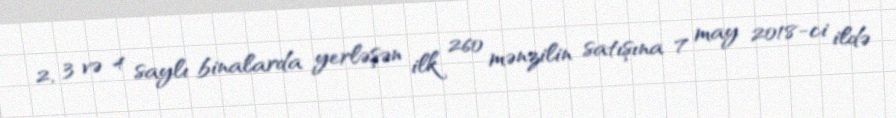
2, 3 və 4 saylı binalarda yerləşən ilk 260 mənzilin satışına 7 may 2018-ci ildə